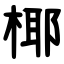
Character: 椰